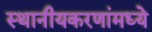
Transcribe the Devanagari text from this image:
स्थानीयकरणांमध्ये